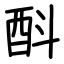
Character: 酙